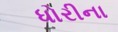
ધોરીના